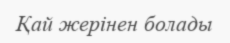
Қай жерінен болады